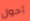
أحول